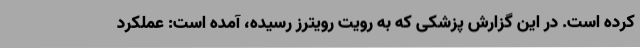
کرده است. در این گزارش پزشکی که به رویت رویترز رسیده، آمده است: عملکرد